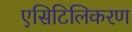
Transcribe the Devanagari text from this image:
एसिटिलिकरण